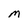
Character: M